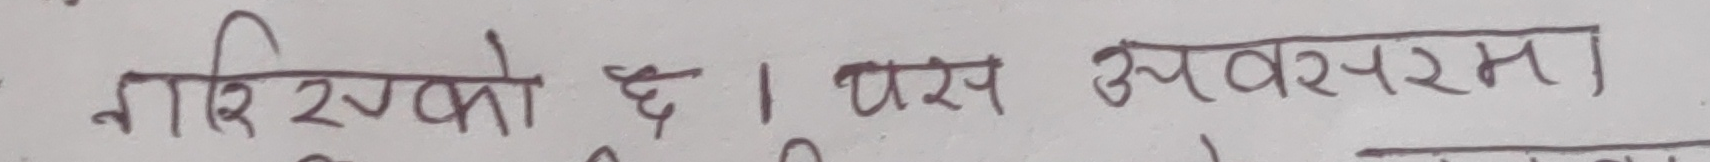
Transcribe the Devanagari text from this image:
गारिएको छ। यस अवसरमा